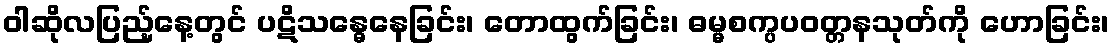
ဝါဆိုလပြည့်နေ့တွင် ပဋိသန္ဓေနေခြင်း၊ တောထွက်ခြင်း၊ ဓမ္မစက္ပပဝတ္တနသုတ်ကို ဟောခြင်း၊